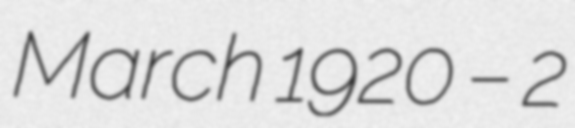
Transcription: March 1920 – 2